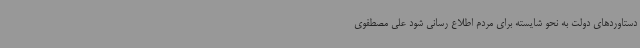
دستاوردهای دولت به نحو شایسته برای مردم اطلاع رسانی شود علی مصطفوی